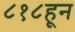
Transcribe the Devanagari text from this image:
८१८हून